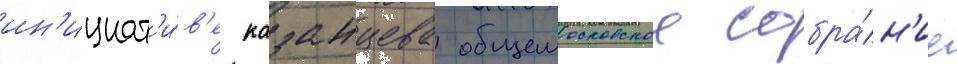
ин'ициат'и́в'е казанцева общемосковское собра́н'ие